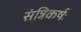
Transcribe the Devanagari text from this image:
संन्निकर्षः